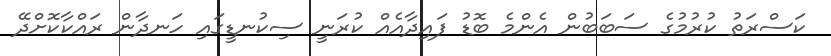
ކަސްރަތު ކުރުމުގެ ސަބަބުން އެންމެ ބޮޑު ފައިދާއެއް ކުރަނީ ސިކުނޑީގައި ހަނދާން ރައްކާކޮށްދޭ